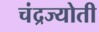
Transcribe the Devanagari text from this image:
चंद्रज्योती